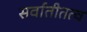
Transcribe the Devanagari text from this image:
सर्वातीतत्व